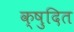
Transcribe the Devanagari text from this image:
क्षुदित